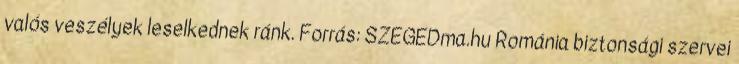
valós veszélyek leselkednek ránk. Forrás: SZEGEDma.hu Románia biztonsági szervei